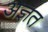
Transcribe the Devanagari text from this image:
अज्ञत